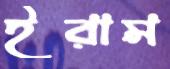
ইরাম